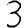
Digit: 3